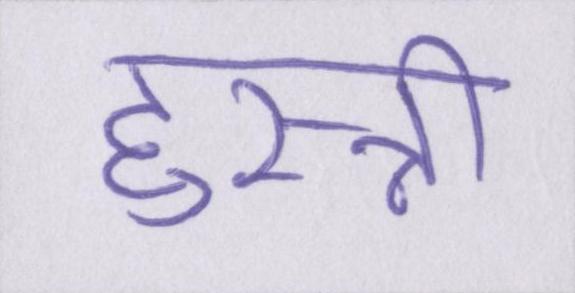
हुस्नी